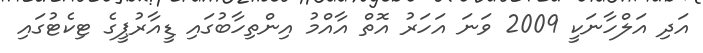
އަދި އަލްހާނަކީ 2009 ވަނަ އަހަރު އޮތް އާއްމު އިންތިހާބުގައި ޑީއާރުޕީގެ ޓިކެޓުގައި